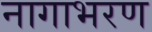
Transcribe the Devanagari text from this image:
नागाभरण